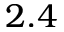
2 . 4